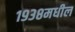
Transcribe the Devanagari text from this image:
१९३८मधील